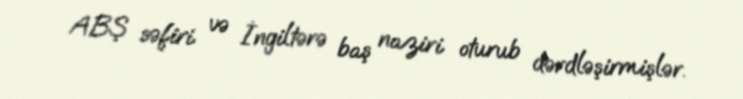
ABŞ səfiri və İngiltərə baş naziri oturub dərdləşirmişlər.